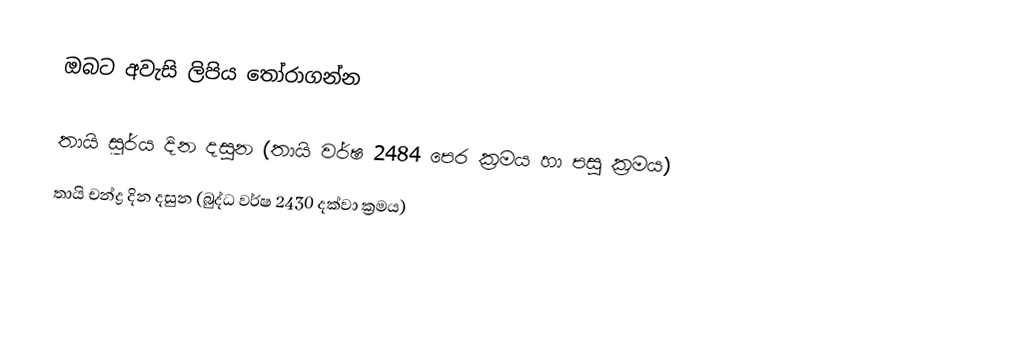
ඔබට අවැසි ලිපිය තෝරාගන්න

 තායි සූර්ය දින දසුන (තායි වර්ෂ 2484 පෙර ක්‍රමය හා පසු ක්‍රමය)
 තායි චන්ද්‍ර දින දසුන (බුද්ධ වර්ෂ 2430 දක්වා ක්‍රමය)